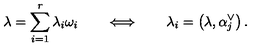
\lambda = \sum _ { i = 1 } ^ { r } \lambda _ { i } \omega _ { i } \qquad \Longleftrightarrow \qquad \lambda _ { i } = \left( \lambda , \alpha _ { j } ^ { \vee } \right) .